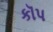
કૉપ